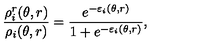
\frac { \rho _ { i } ^ { r } ( \theta , r ) } { \rho _ { i } ( \theta , r ) } = \frac { e ^ { - \varepsilon _ { i } ( \theta , r ) } } { 1 + e ^ { - \varepsilon _ { i } ( \theta , r ) } } ,